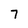
Character: 7